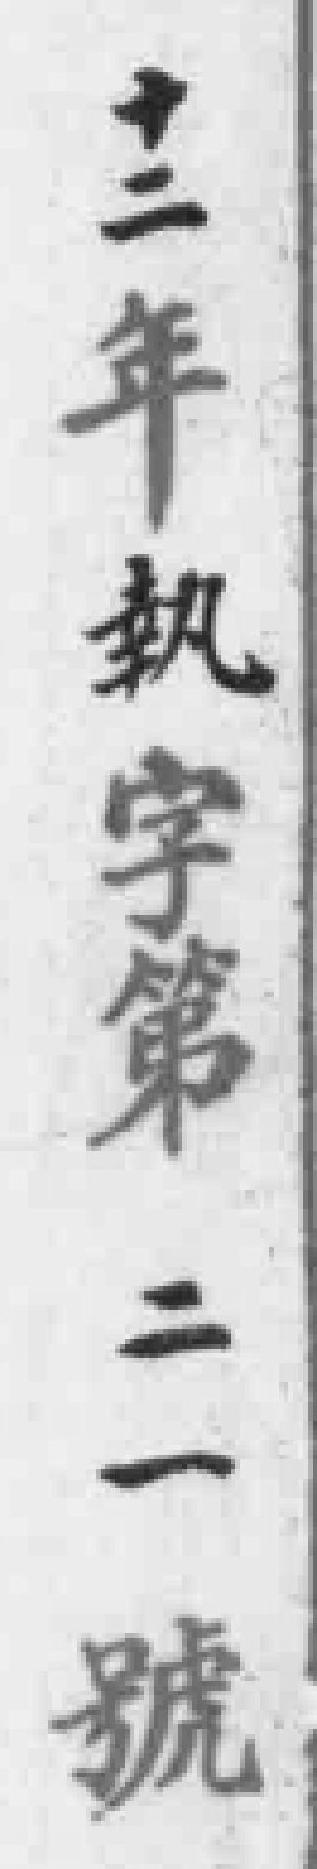
十二年執字第二一號